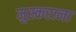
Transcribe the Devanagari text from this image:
मुस्कराना